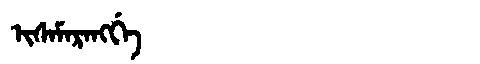
Manchu: ᡳᠰᠠᠮᠠᡵᠠᠩᡤᡝ
Romanization: ISAMARANGGE